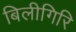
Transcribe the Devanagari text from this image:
बिलीगिरि